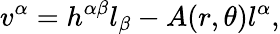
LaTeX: v^{\alpha}=h^{\alpha\beta}l_{\beta}-A(r,\theta)l^{\alpha},